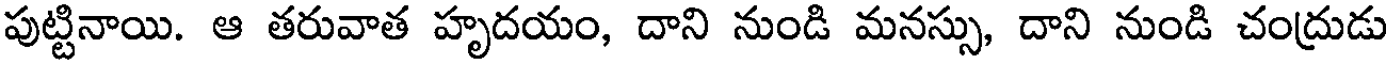
పుట్టినాయి. ఆ తరువాత హృదయం, దాని నుండి మనస్సు, దాని నుండి చంద్రుడు